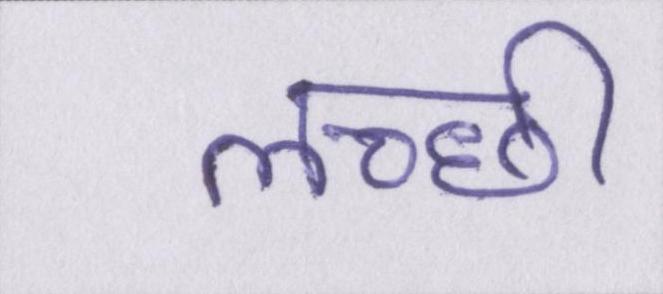
लच्छी